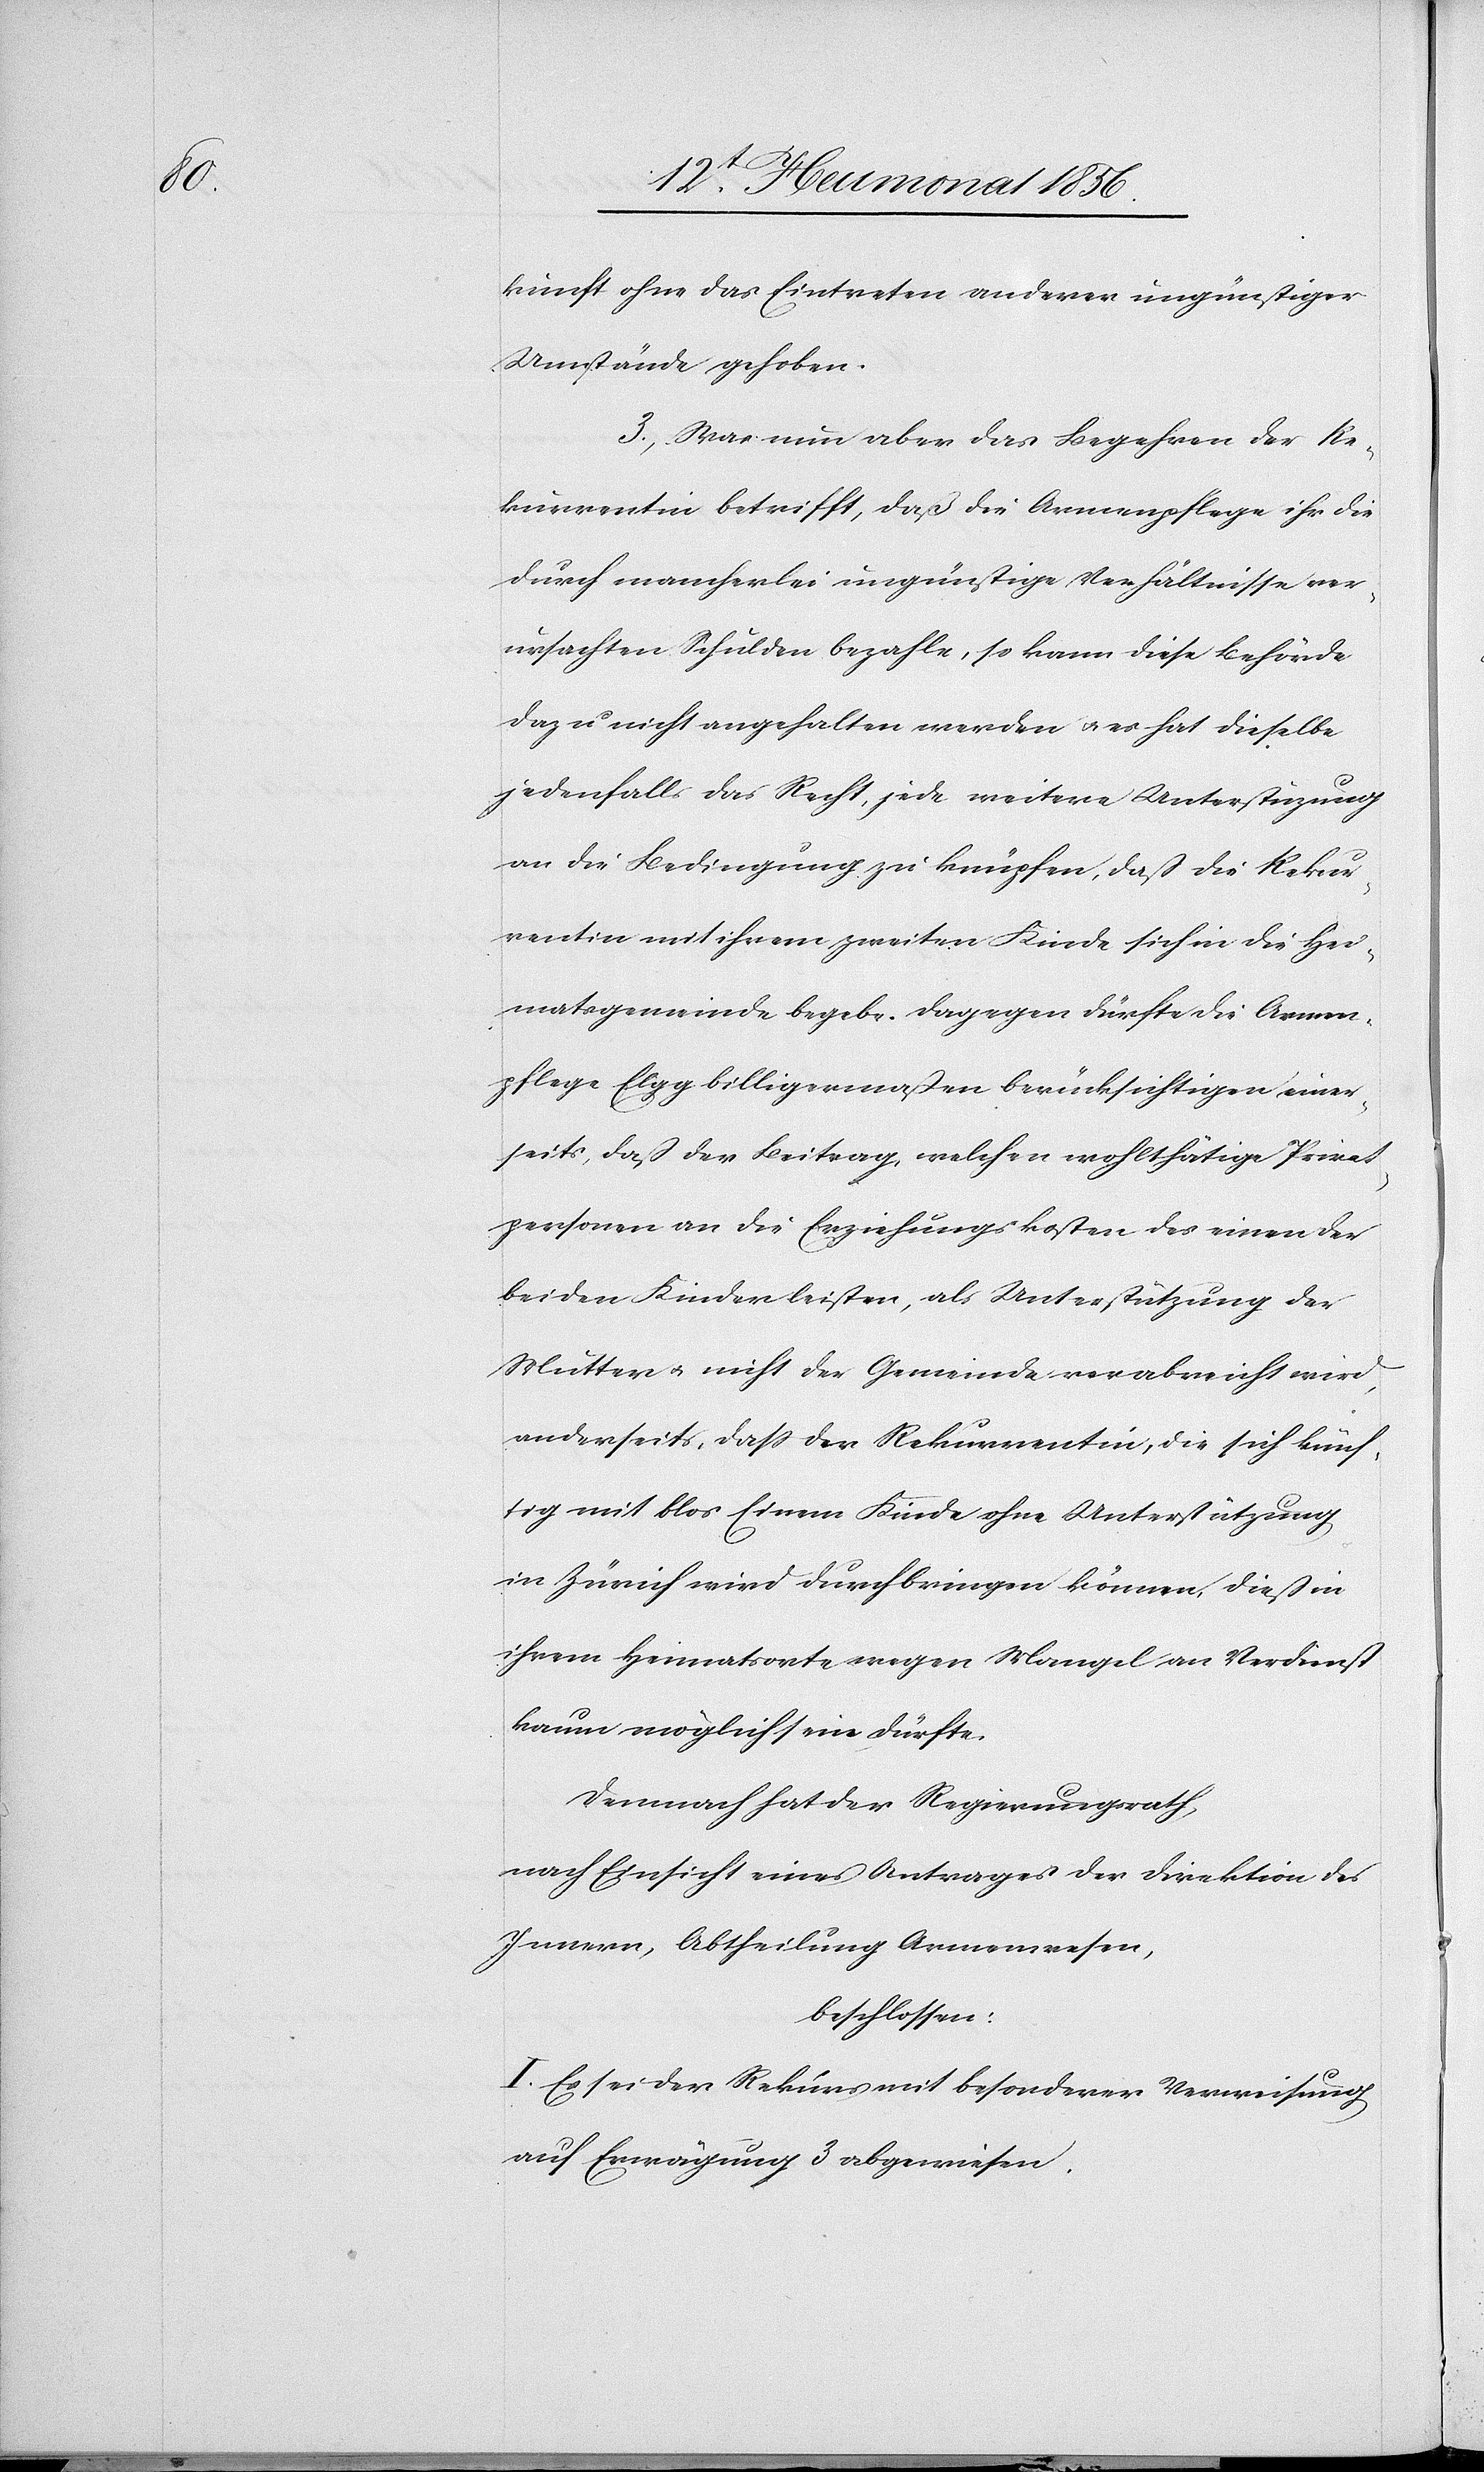
kunft ohne das Eintreten anderer ungünstiger
Umstände gehoben.
3. Was nun aber das Begehren der Re¬
kurrentin betrifft, daß die Armenpflege ihr die
durch mancherlei ungünstige Verhältnisse ver¬
ursachten Schulden bezahle, so kann diese Behörde
dazu nicht angehalten werden u. es hat dieselbe
jedenfalls das Recht, jede weitere Unterstützung
an die Bedingung zu knüpfen, daß die Rekur¬
rentin mit ihrem zweiten Kinde sich in die Hei¬
matsgemeinde begebe. Dagegen dürfte die Armen¬
pflege Elgg billigermaßen berücksichtigen einer¬
seits, daß der Beitrag , welcher wohlthätige Privat¬
personen an die Erziehungskosten des einen der
beiden Kinder leisten, als Unterstützung der
Mutter u. nicht der Gemeinde verabreicht wird,
anderseits, dass der Rekurrentin, die sich künf¬
tig mit blos Einem Kinde ohne Unterstützung
in Zürich wird durchbringen können, dieß in
ihrem Heimatsorte wegen Mangel an Verdienst
kaum möglich sein dürfte.
Demnach hat der Regierungsrath,
nach Einsicht eines Antrages der Direktion des
Innern, Abtheilung Armenwesen,
beschlossen:
I. Es sei der Rekurs mit besonderer Verweisung
auf Erwägung 3 abgewiesen.